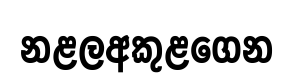
නළලඅකුළගෙන